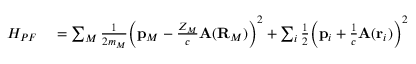
\begin{array} { r l } { H _ { P F } } & { { } = \sum _ { M } \frac { 1 } { 2 m _ { M } } \bigg ( \mathbf { p } _ { M } - \frac { Z _ { M } } { c } \mathbf { A } ( \mathbf { R } _ { M } ) \bigg ) ^ { 2 } + \sum _ { i } \frac { 1 } { 2 } \bigg ( \mathbf { p } _ { i } + \frac { 1 } { c } \mathbf { A } ( \mathbf { r } _ { i } ) \bigg ) ^ { 2 } } \end{array}